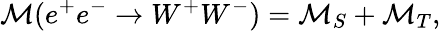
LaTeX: {\cal M}(e^{+}e^{-}\rightarrow W^{+}W^{-})={\cal M}_{S}+{\cal M}_{T},